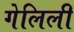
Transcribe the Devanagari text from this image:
गेलिली